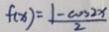
f ( x ) = \frac { 1 - \cos 2 x } { 2 }